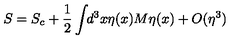
S = S _ { c } + \frac { 1 } { 2 } \int \! \! d ^ { 3 } x \eta ( x ) M \eta ( x ) + O ( \eta ^ { 3 } )